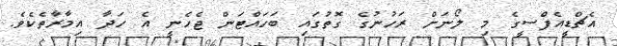
އެޗްޑީއެފްސީގެ މި ލޯނަށް ރަހުނުގެ ގޮތުގައި ބަހައްޓަން ޖެހެނީ އެ ހަދާ އިމާރާތެކެވެ.